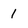
Character: 1